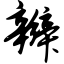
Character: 辫